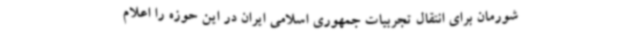
شورمان برای انتقال تجربیات جمهوری اسلامی ایران در این حوزه را اعلام